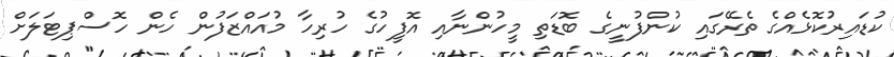
ކުޑައިރުކޮޅެއްގެ ތެރޭގައި ކުންފުނީގެ ބޮޑަތި މީހުންނާއި އޮފީހުގެ ހުރިހާ މުއައްޒަފުން ހެން ހޮސްޕިޓަލަށް